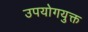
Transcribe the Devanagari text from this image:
उपयोगयुक्त